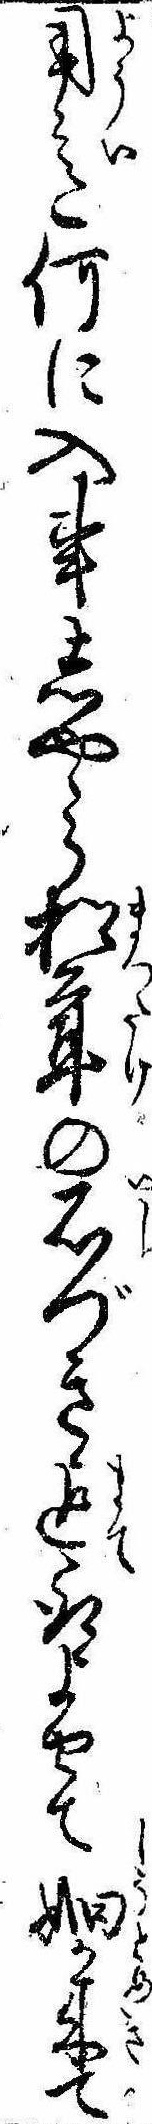
用意何に入事しやゝら松茸の石づき迄取よせてか来て